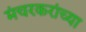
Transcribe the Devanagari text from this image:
मंचरकरांच्या